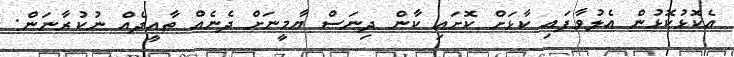
އެކޮޅުކޮޅުން އެލުވާފައި ކާޅަށް ކޮށައި ކާން ދިނަސް ޔާމީނަށް ދެނެއް ތާއީދެއް ނުކުރާނަން: